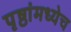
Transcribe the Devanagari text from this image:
पृष्ठांमध्येच